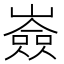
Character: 𡽗